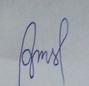
Signature authenticity: forged